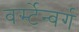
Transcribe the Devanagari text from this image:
वर्स्टेन्बर्ग